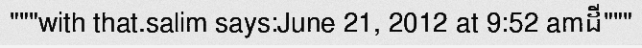
"""with that.salim says:June 21, 2012 at 9:52 amដី"""